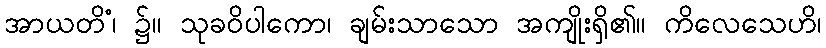
အာယတိံ၊ ၌။ သုခဝိပါကော၊ ချမ်းသာသော အကျိုးရှိ၏။ ကိလေသေဟိ၊